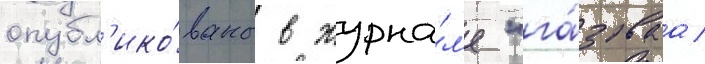
опубл'ико́ваны в журна́л'е "га́зоваа